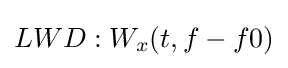
LWD:W_{x}(t,f-f0)